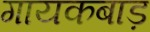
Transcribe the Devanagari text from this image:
गायकबाड़